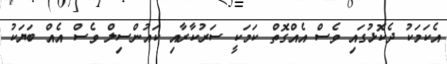
އެކަމަކު ދެކޮޅުގައި ވެސް އެއްގޮތް ކަމަކީ ސަރުކާރާއި ކައުންސިލް ވެސް އެއް ބަޔަކު